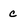
Character: c